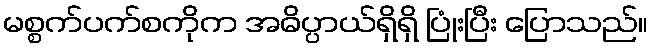
မစ္စက်ပက်စကိုက အဓိပ္ပာယ်ရှိရှိ ပြုံးပြီး ပြောသည်။